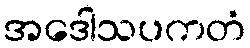
အဒေါသပကတံ